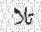
تلا